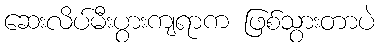
ဆေးလိပ်မီးပွားကျရာက ဖြစ်သွားတာပဲ